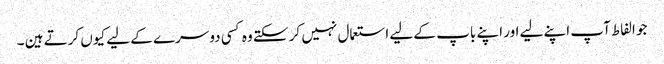
جو الفاط آپ اپنے لیے اور اپنے باپ کے لیے استعمال نہیں کر سکتے وہ کسی دوسرے کے لیے کیوں کرتے ہین ۔